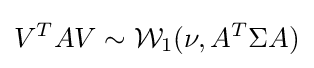
V^{T}AV\sim {\mathcal {W}}_{1}(\nu ,A^{T}\Sigma A)